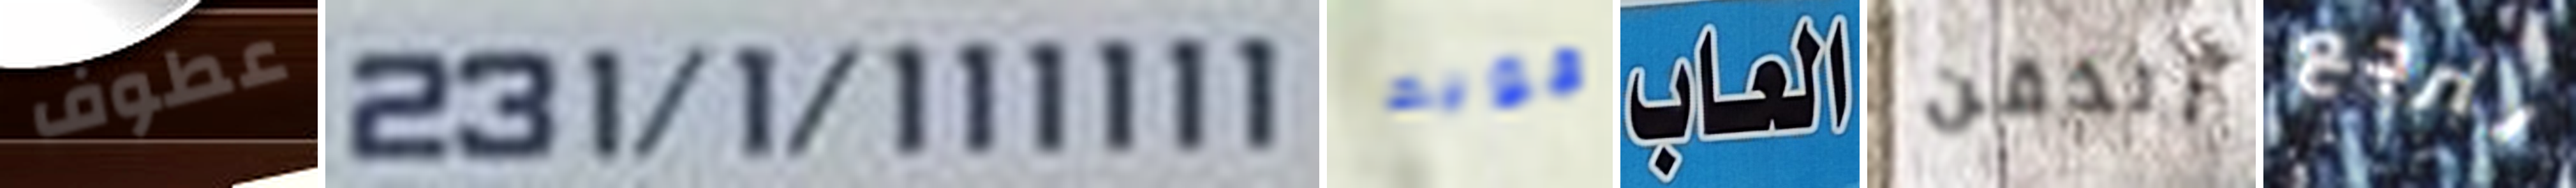
عطوف 231/1/111111 قويه العاب الذقن لنرجع